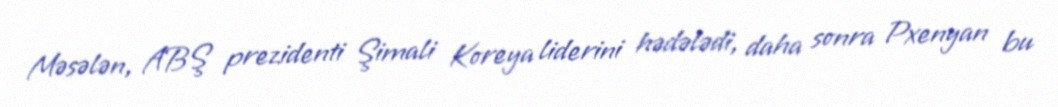
Məsələn, ABŞ prezidenti Şimali Koreya liderini hədələdi, daha sonra Pxenyan bu